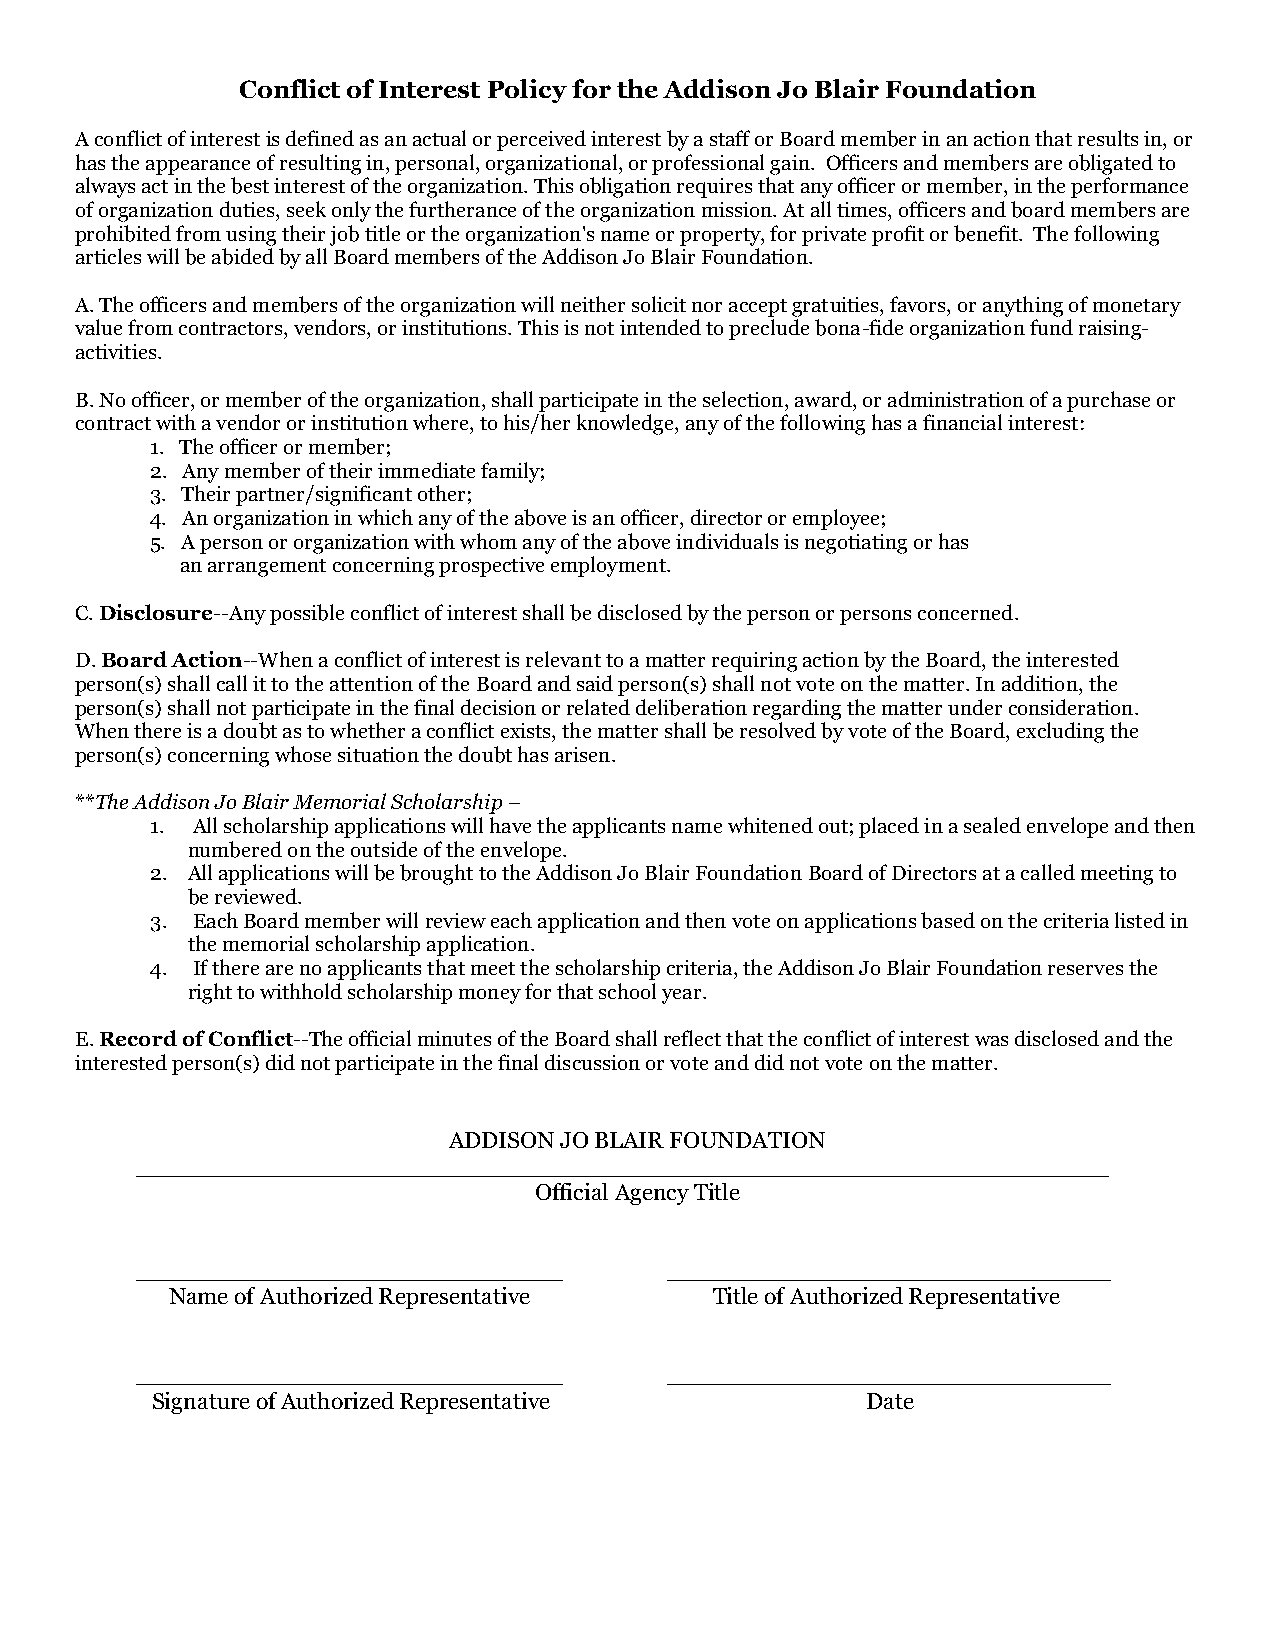
Conflict of Interest Policy for the Addison Jo Blair Foundation
 A conflict of interest is defined as an actual or perceived interest by a staff or Board member in an action that results in, or
 has the appearance of resulting in, personal, organizational, or professional gain. Officers and members are obligated to
 always act in the best interest of the organization. This obligation requires that any officer or member, in the performance
 of organization duties, seek only the furtherance of the organization mission. At all times, officers and board members are
 prohibited from using their job title or the organization's name or property, for private profit or benefit. The following
 articles will be abided by all Board members of the Addison Jo Blair Foundation.
 A. The officers and members of the organization will neither solicit nor accept gratuities, favors, or anything of monetary
 value from contractors, vendors, or institutions. This is not intended to preclude bona-fide organization fund raising-
 activities.
 B. No officer, or member of the organization, shall participate in the selection, award, or administration of a purchase or
 contract with a vendor or institution where, to his/her knowledge, any of the following has a financial interest:
 1. The officer or member;
 2. Any member of their immediate family;
 3. Their partner/significant other;
 4. An organization in which any of the above is an officer, director or employee;
 5. A person or organization with whom any of the above individuals is negotiating or has
 an arrangement concerning prospective employment.
 C. Disclosure--Any possible conflict of interest shall be disclosed by the person or persons concerned.
 D. Board Action--When a conflict of interest is relevant to a matter requiring action by the Board, the interested
 person(s) shall call it to the attention of the Board and said person(s) shall not vote on the matter. In addition, the
 person(s) shall not participate in the final decision or related deliberation regarding the matter under consideration.
 When there is a doubt as to whether a conflict exists, the matter shall be resolved by vote of the Board, excluding the
 person(s) concerning whose situation the doubt has arisen.
 **The Addison Jo Blair Memorial Scholarship –
 1. All scholarship applications will have the applicants name whitened out; placed in a sealed envelope and then
 numbered on the outside of the envelope.
 2. All applications will be brought to the Addison Jo Blair Foundation Board of Directors at a called meeting to
 be reviewed.
 3. Each Board member will review each application and then vote on applications based on the criteria listed in
 the memorial scholarship application.
 4. If there are no applicants that meet the scholarship criteria, the Addison Jo Blair Foundation reserves the
 right to withhold scholarship money for that school year.
 E. Record of Conflict--The official minutes of the Board shall reflect that the conflict of interest was disclosed and the
 interested person(s) did not participate in the final discussion or vote and did not vote on the matter.
 ADDISON JO BLAIR FOUNDATION
 __________________________________________________________________
 Official Agency Title
 _____________________________      ______________________________
 Name of Authorized Representative   Title of Authorized Representative
 _____________________________      ______________________________
 Signature of Authorized Representative         Date